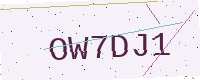
Text: OW7DJ1